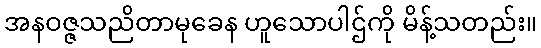
အနဝဇ္ဇသညိတာမုခေန ဟူသောပါဌ်ကို မိန့်သတည်း။